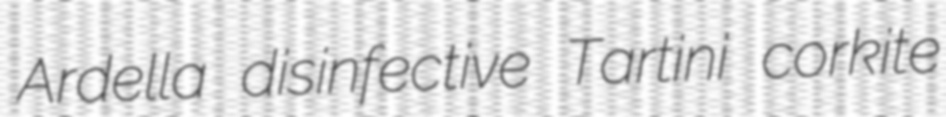
Ardella disinfective Tartini corkite